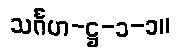
သင်္ဂဟ-ဋ္ဌ-၁-၁။